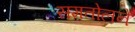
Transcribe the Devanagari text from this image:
समतोलने